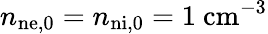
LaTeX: n_{\mathrm{n{e,}0}}=n_{\mathrm{n{i,}0}}=1~\mathrm{cm}^{-3}